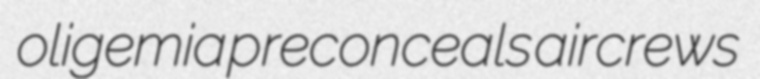
oligemia preconceals aircrews